Leprosy in India: report of the Leprosy Commission in India, 1890-91
Year: 1890
Disease focus: Leprosy
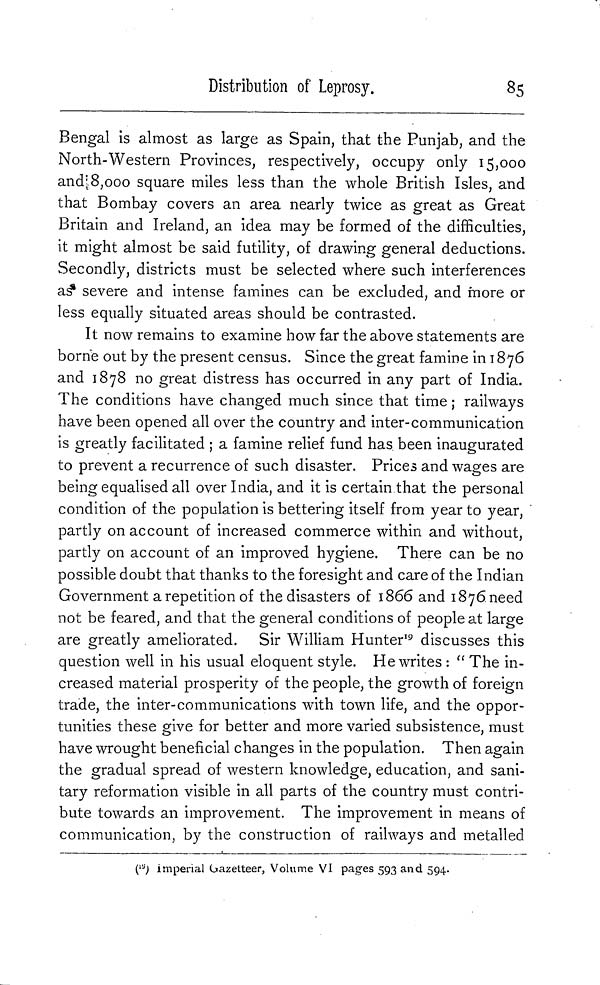
Distribution of Leprosy.
85
Bengal is almost as large as Spain, that the Punjab, and the
North-Western Provinces, respectively, occupy only 15,000
and 8,000 square miles less than the whole British Isles, and
that Bombay covers an area nearly twice as great as Great
Britain and Ireland, an idea may be formed of the difficulties,
it might almost be said futility, of drawing general deductions.
Secondly, districts must be selected where such interferences
as severe and intense famines can be excluded, and more or
less equally situated areas should be contrasted.
It now remains to examine how far the above statements are
borne out by the present census. Since the great famine in 1876
and 1878 no great distress has occurred in any part of India.
The conditions have changed much since that time ; railways
have been opened all over the country and inter-communication
is greatly facilitated ; a famine relief fund has been inaugurated
to prevent a recurrence of such disaster. Prices and wages are
being equalised all over India, and it is certain that the personal
condition of the population is bettering itself from year to year,
partly on account of increased commerce within and without,
partly on account of an improved hygiene. There can be no
possible doubt that thanks to the foresight and care of the Indian
Government a repetition of the disasters of 1866 and 1876 need
not be feared, and that the general conditions of people at large
are greatly ameliorated. Sir William Hunter 19 discusses this
question well in his usual eloquent style. He writes : " The in-
creased material prosperity of the people, the growth of foreign
trade, the inter-communications with town life, and the oppor-
tunities these give for better and more varied subsistence, must
have wrought beneficial changes in the population. Then again
the gradual spread of western knowledge, education, and sani-
tary reformation visible in all parts of the country must contri-
bute towards an improvement. The improvement in means of
communication, by the construction of railways and metalled
( 19 ) imperial Gazetteer, Volume VI pages 593 and 594.